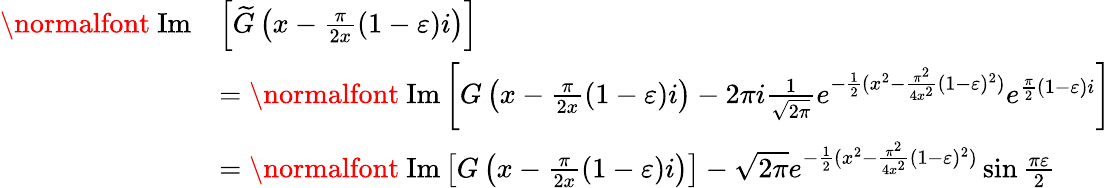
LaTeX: \begin{array}{rl}{\mathrm{\normalfont~Im}}&{\left[\widetilde{G}\left(x-\frac{\pi}{2x}(1-\varepsilon)i\right)\right]}\\ &{=\mathrm{\normalfont~Im}\left[G\left(x-\frac{\pi}{2x}(1-\varepsilon)i\right)-2\pi i\frac{1}{\sqrt{2\pi}}e^{-\frac{1}{2}(x^{2}-\frac{\pi^{2}}{4x^{2}}(1-\varepsilon)^{2})}e^{\frac{\pi}{2}(1-\varepsilon)i}\right]}\\ &{=\mathrm{\normalfont~Im}\left[G\left(x-\frac{\pi}{2x}(1-\varepsilon)i\right)\right]-\sqrt{2\pi}e^{-\frac{1}{2}(x^{2}-\frac{\pi^{2}}{4x^{2}}(1-\varepsilon)^{2})}\sin\frac{\pi\varepsilon}{2}}\end{array}